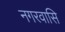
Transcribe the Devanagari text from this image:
नगरवासि